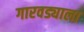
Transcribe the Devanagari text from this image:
गारवड्याला